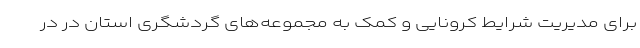
برای مدیریت شرایط کرونایی و کمک به مجموعه‌های گردشگری استان در در